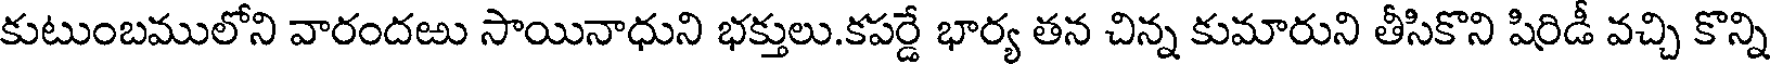
కుటుంబములోని వారందఱు సాయినాధుని భక్తులు.కపర్డే భార్య తన చిన్న కుమారుని తీసికొని షిరిడీ వచ్చి కొన్ని